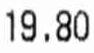
19.80